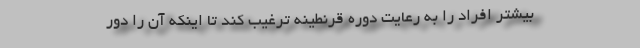
بیشتر افراد را به رعایت دوره قرنطینه ترغیب کند تا اینکه آن را دور